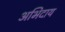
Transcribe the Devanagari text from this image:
अभिदाय